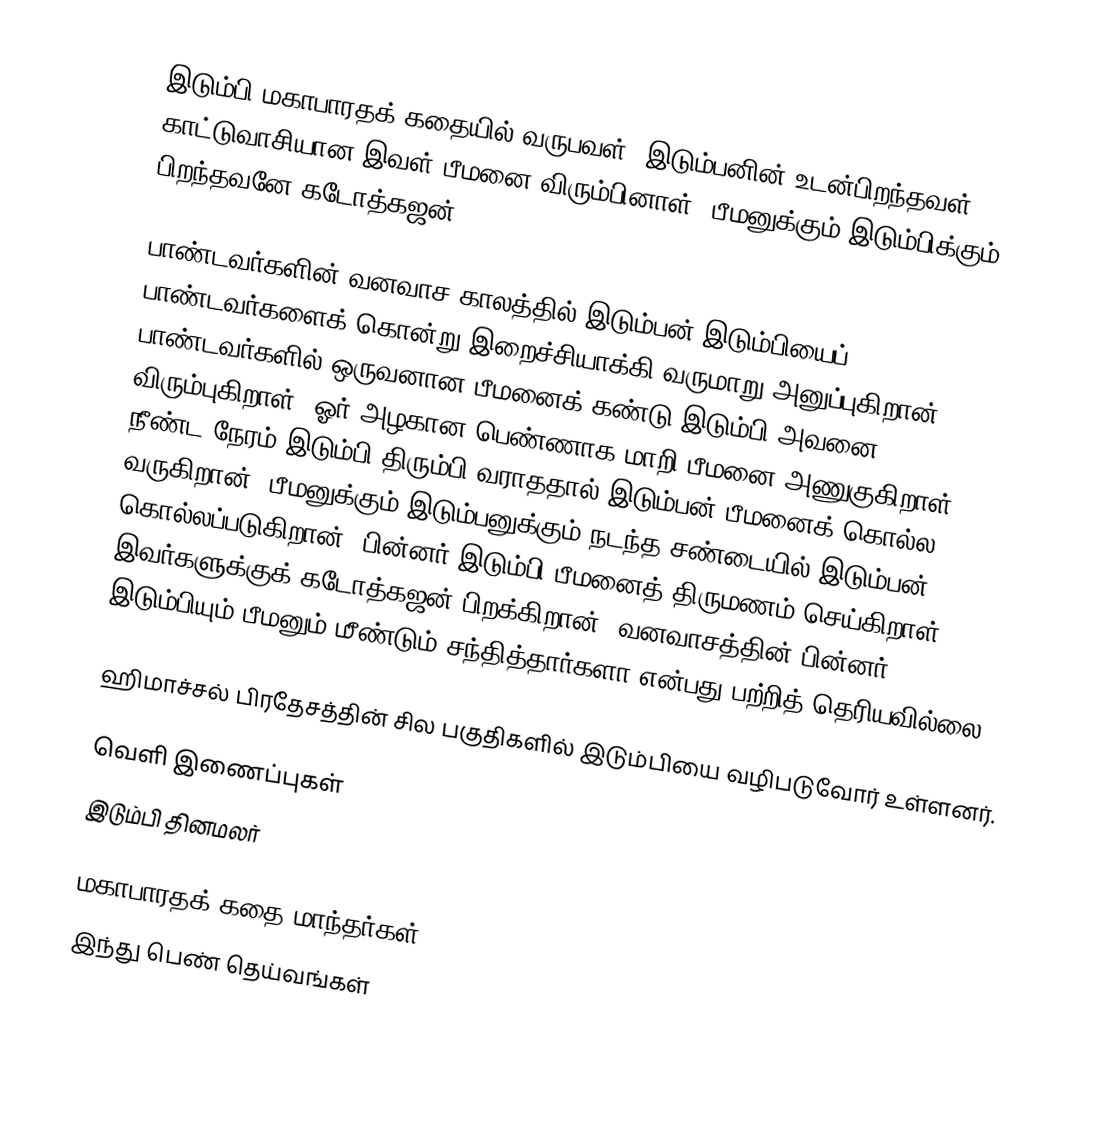
இடும்பி மகாபாரதக் கதையில் வருபவள். இடும்பனின் உடன்பிறந்தவள். காட்டுவாசியான இவள் பீமனை விரும்பினாள். பீமனுக்கும் இடும்பிக்கும் பிறந்தவனே கடோத்கஜன்.

பாண்டவர்களின் வனவாச காலத்தில் இடும்பன் இடும்பியைப் பாண்டவர்களைக் கொன்று இறைச்சியாக்கி வருமாறு அனுப்புகிறான். பாண்டவர்களில் ஒருவனான பீமனைக் கண்டு இடும்பி அவனை விரும்புகிறாள். ஓர் அழகான பெண்ணாக மாறி பீமனை அணுகுகிறாள். நீண்ட நேரம் இடும்பி திரும்பி வராததால் இடும்பன் பீமனைக் கொல்ல வருகிறான். பீமனுக்கும் இடும்பனுக்கும் நடந்த சண்டையில் இடும்பன் கொல்லப்படுகிறான். பின்னர் இடும்பி பீமனைத் திருமணம் செய்கிறாள். இவர்களுக்குக் கடோத்கஜன் பிறக்கிறான். வனவாசத்தின் பின்னர் இடும்பியும் பீமனும் மீண்டும் சந்தித்தார்களா என்பது பற்றித் தெரியவில்லை.

ஹிமாச்சல் பிரதேசத்தின் சில பகுதிகளில் இடும்பியை வழிபடுவோர் உள்ளனர்.

வெளி இணைப்புகள்
 இடும்பி தினமலர்

மகாபாரதக் கதை மாந்தர்கள்
இந்து பெண் தெய்வங்கள்